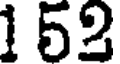
1 52